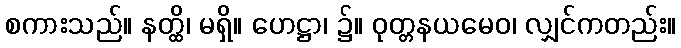
စကားသည်။ နတ္ထိ၊ မရှိ။ ဟေဋ္ဌာ၊ ၌။ ဝုတ္တနယမေဝ၊ လျှင်ကတည်း။